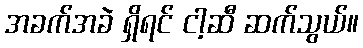
အခက်အခဲ ရှိရင် ငါ့ဆီ ဆက်သွယ်။